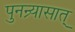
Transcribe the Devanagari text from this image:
पुनन्र्यासात्